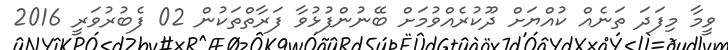
ވީމާ މިފަދަ ތަނެއް ކުއްޔަށް ދޫކުރެއްވުމަށް ބޭނުންފުޅުވާ ފަރާތްތަކުން 02 ފެބުރުވަރީ 2016